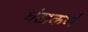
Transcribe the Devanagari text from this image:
घंटाकर्ण